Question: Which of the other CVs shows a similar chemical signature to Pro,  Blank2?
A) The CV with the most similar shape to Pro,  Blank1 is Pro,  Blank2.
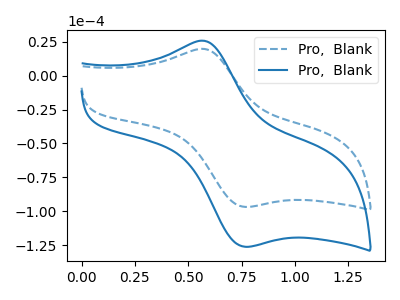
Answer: <think>The blue dashed curve "Pro,  Blank1" has an anodic peak at (0.60V, 19.60uA) and a cathodic peak at (0.75V, -96.80uA). The blue curve "Pro,  Blank2" has an anodic peak at (0.60V, 25.55uA) and a cathodic peak at (0.75V, -126.25uA).
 All the peaks in "Pro,  Blank1" have a peak in "Pro,  Blank2" at the same potential. Every peak in "Pro,  Blank1" is lower than every peak in "Pro,  Blank2".</think>
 <answer>A) The CV with the most similar shape to "Pro,  Blank1" is "Pro,  Blank2".</answer>
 <eval>A</eval>